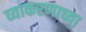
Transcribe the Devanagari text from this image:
व्याकरणाच्या़